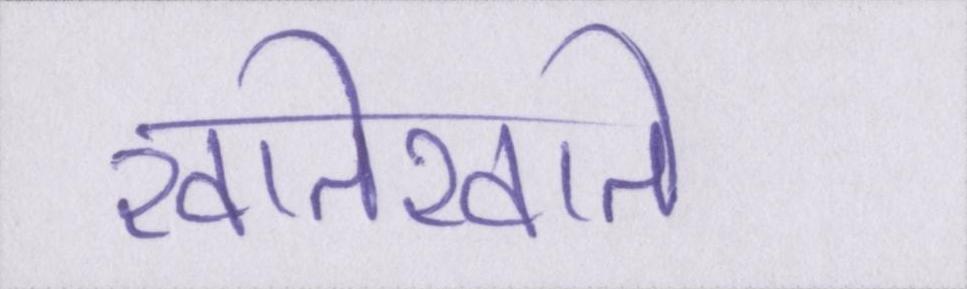
खातेखाते